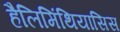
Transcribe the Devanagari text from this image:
हैलिमिंथियासिस